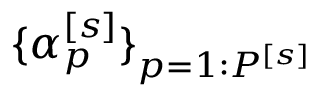
\lbrace \alpha _ { p } ^ { \left[ s \right] } \rbrace _ { p = 1 : P ^ { \left[ s \right] } }